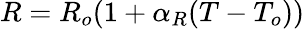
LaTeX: R=R_{o}(1+\alpha_{R}(T-T_{o}))